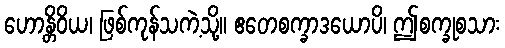
ဟောန္တိဝိယ၊ ဖြစ်ကုန်သကဲ့သို့။ ဧတေစက္ခာဒယောပိ၊ ဤစက္ခုစသား